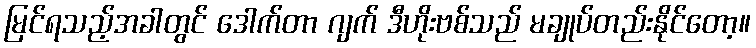
မြင်ရသည့်အခါတွင် ဒေါက်တာ ဂျက် ဒီဟိုးဗစ်သည် မချုပ်တည်းနိုင်တော့။